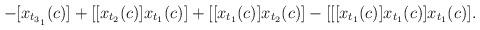
LaTeX: \begin{align*}-[x_{t_{3_1}}(c)]+[[x_{t_2}(c)]x_{t_1}(c)]+[[x_{t_1}(c)]x_{t_2}(c)]-[[[x_{t_1}(c)] x_{t_1}(c)] x_{t_1}(c)].\end{align*}